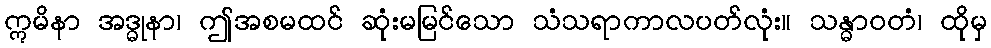
ဣမိနာ အဒ္ဓုနာ၊ ဤအစမထင် ဆုံးမမြင်သော သံသရာကာလပတ်လုံး။ သန္ဓာဝတံ၊ ထိုမှ